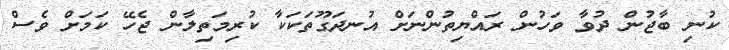
ކުނި ބާޖުން ދުވާ ވަހުން ރައްޔިތުންނަށް އުނދަގޫތަކަކާ ކުރިމަތިލާން ޖެހޭ ކަމަށް ވެސް